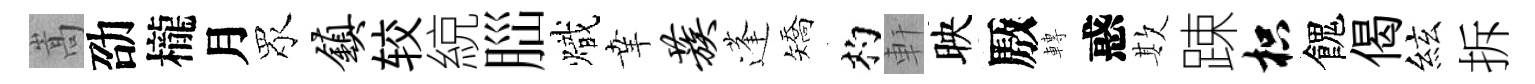
嵩劭櫳月眾镇较綂𦛁熾𦍒蔟蓬矯杓軒映厫轉惑欺踈枳餽偈絃拆